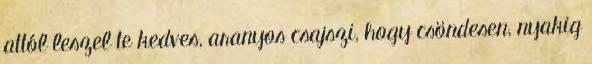
attól leszel te kedves, aranyos csajszi, hogy csöndesen, nyakig